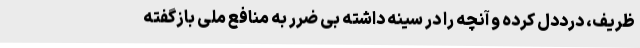
ظریف، درددل کرده و آنچه را در سینه داشته بی ضرر به منافع ملی بازگفته